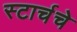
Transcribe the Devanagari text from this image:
स्टार्चचे